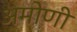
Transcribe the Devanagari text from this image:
अमोणी